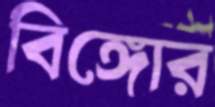
বিঙ্গোর